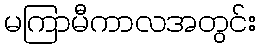
မကြာမီကာလအတွင်း